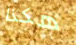
هكذا